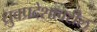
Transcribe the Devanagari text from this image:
ध्रुवप्रदेशावरील